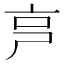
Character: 𠅏